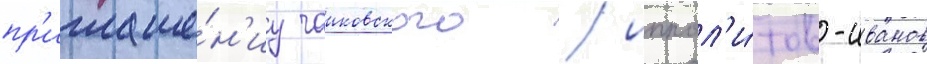
пр'иглаше́н'иу чаиковского / иппол'и́тов-иванов